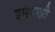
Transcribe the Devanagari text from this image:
इमवाझी